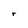
Character: r